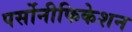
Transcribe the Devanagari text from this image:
पर्सोनीफिकेशन